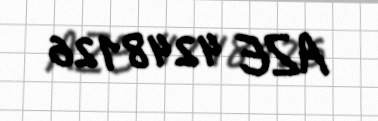
AZE 4248126